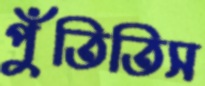
পুঁতিতিস